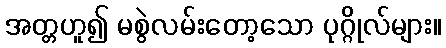
အတ္တဟူ၍ မစွဲလမ်းတော့သော ပုဂ္ဂိုလ်များ။